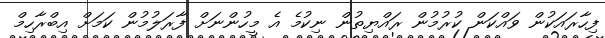
ފިހާރައަކުން ވައްކަން ކުރުމުން ރައްޔިތުން ނިކުމެ އެ މީހުންނަށް ފާރަލުމުން ކަމަށް އިބްރާހިމް